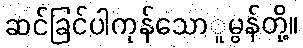
ဆင်ခြင်ပါကုန်သောူမွန်တို့။